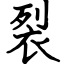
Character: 裂